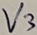
Text: V3